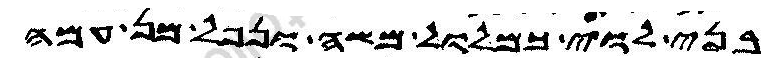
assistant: בני לוי כמלול משה ונפל מן עמה